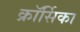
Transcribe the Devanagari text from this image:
क्रॉर्सिका